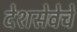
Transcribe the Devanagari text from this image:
देशसेवेचे